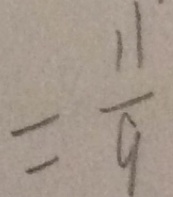
= \frac { 1 1 } { 9 }